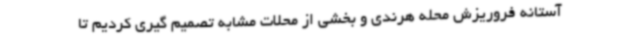
آستانه فروریزش محله هرندی و بخشی از محلات مشابه تصمیم گیری کردیم تا